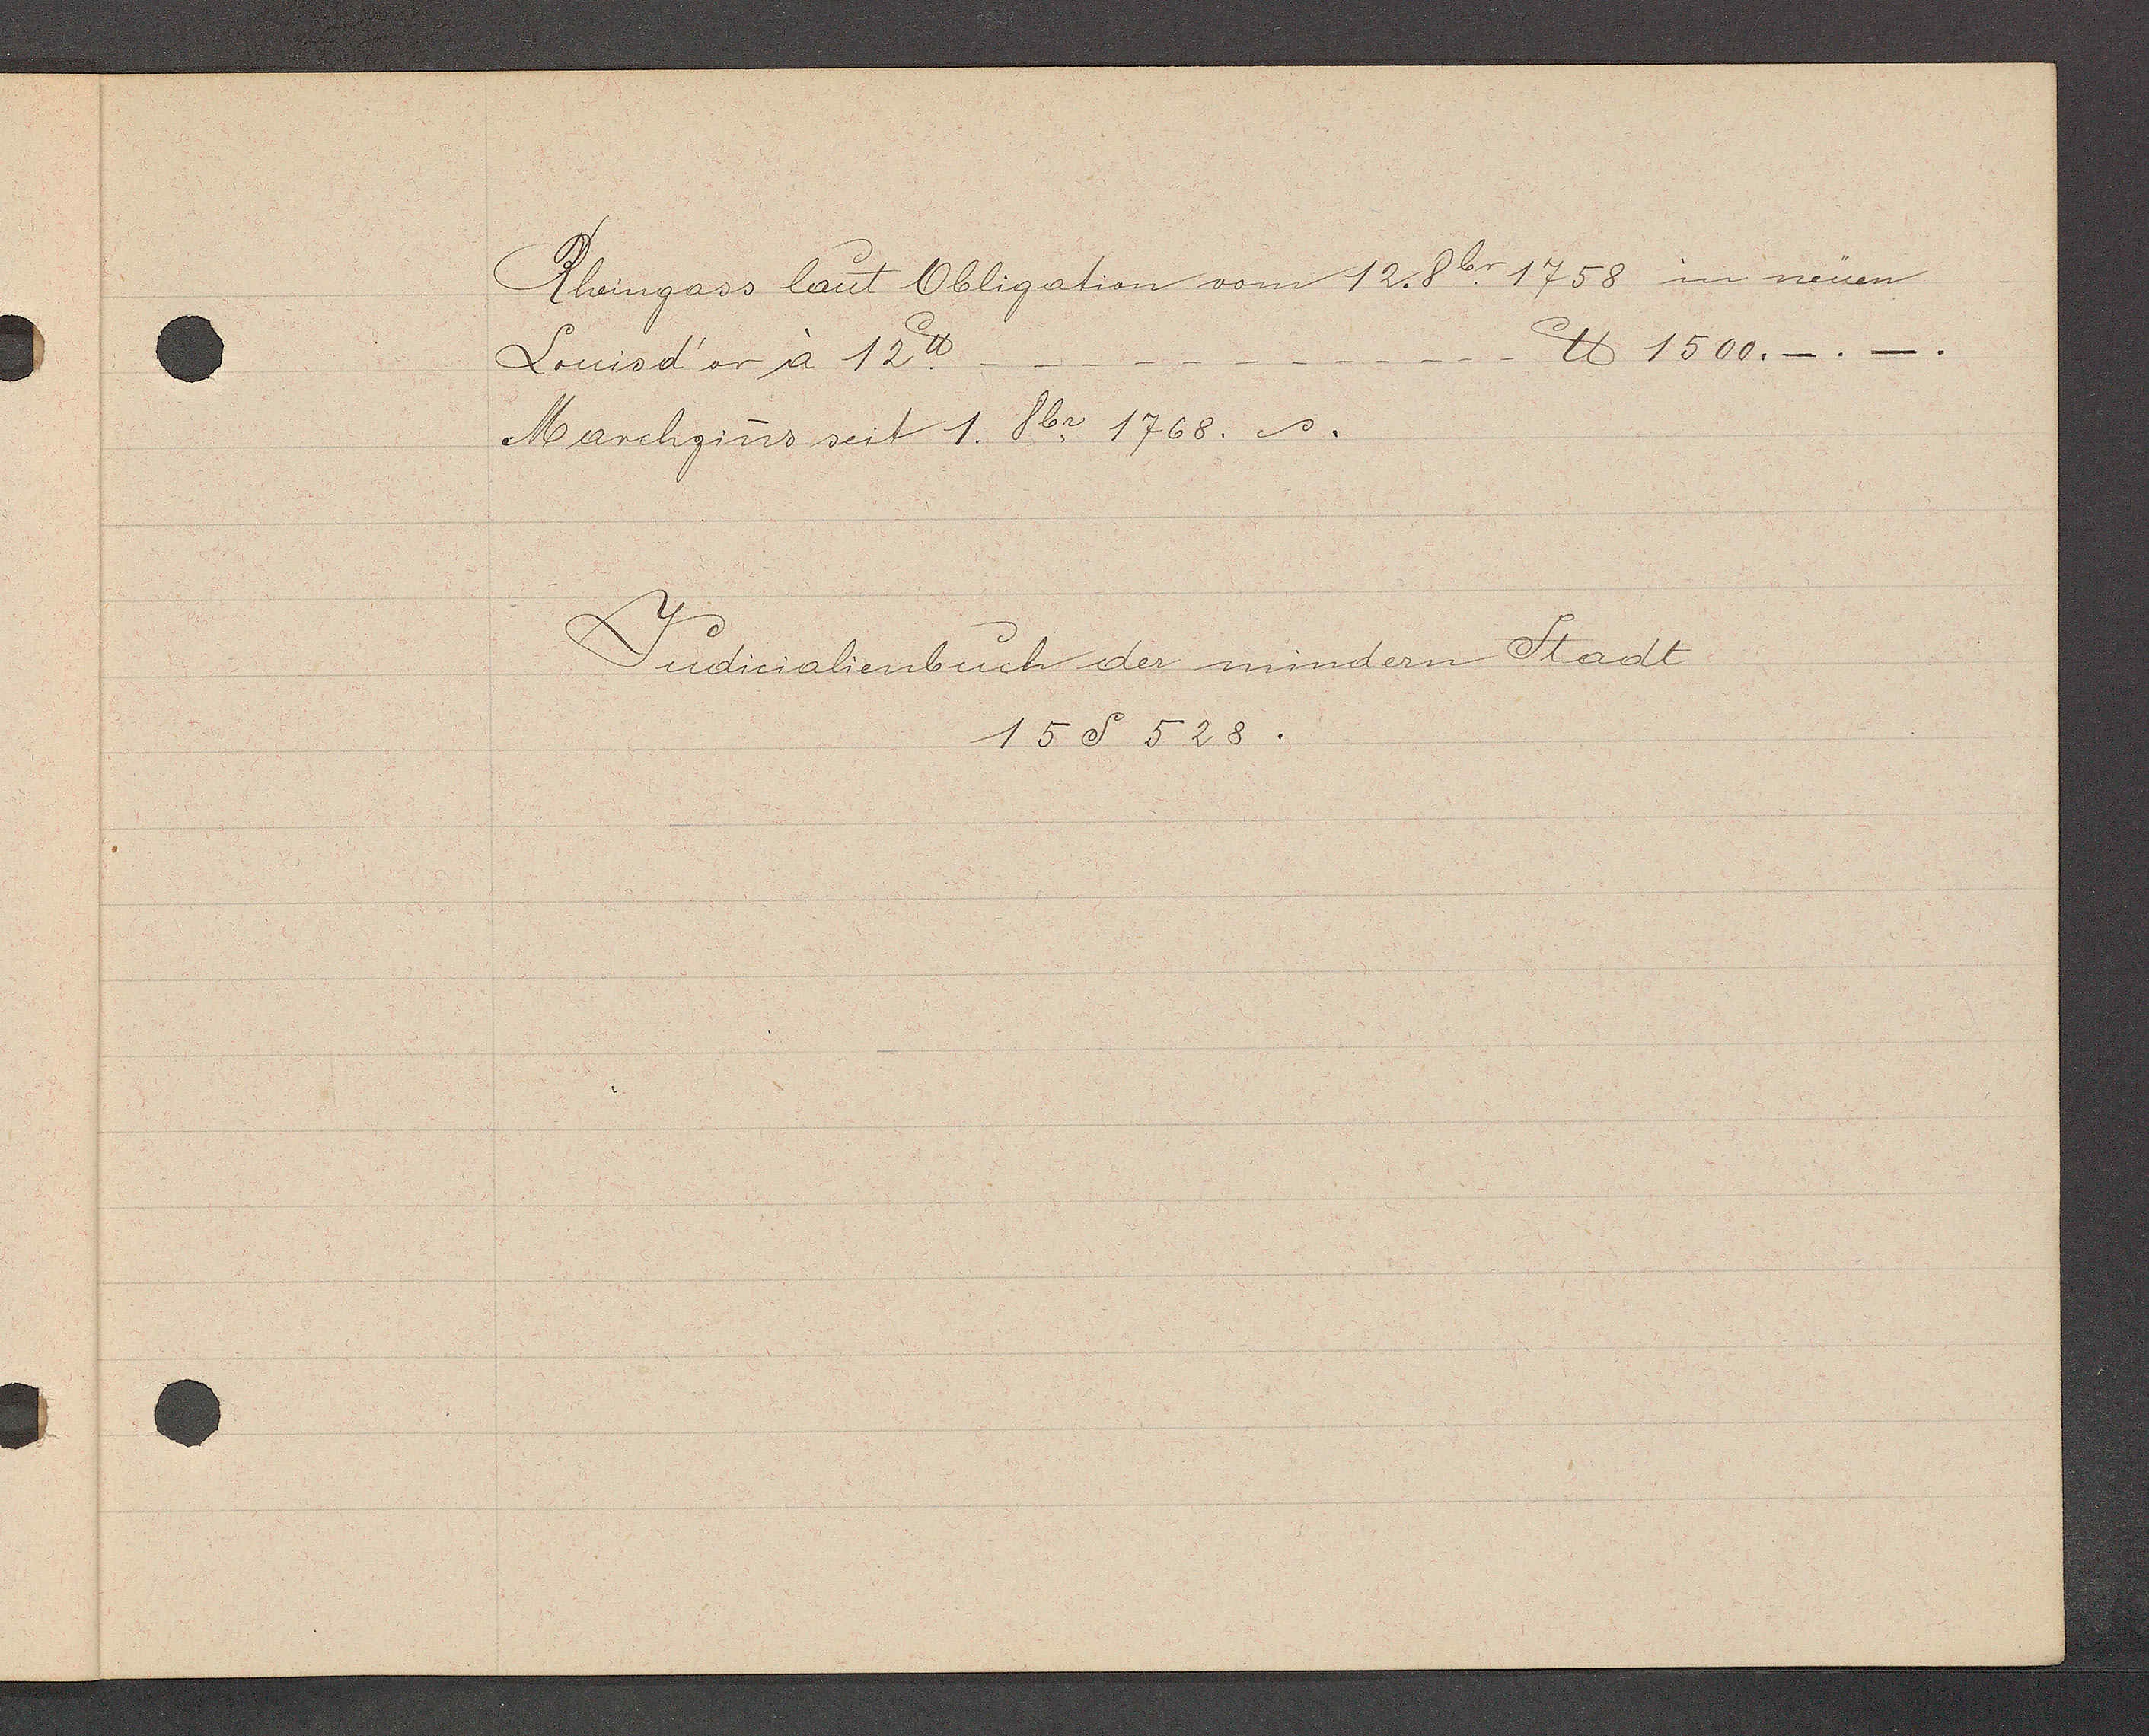
Transcript:
Rheingass laut Obligation vom 12. 8br. 1758 in neuen
℔ 1500._.
Louisd'or à 12℔.
Marchzins seit 1. 8br. 1768.

Judicialienbuch der mindern Stadt
15 S 528.